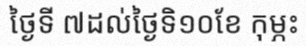
ថ្ងៃទី ៧ដល់ថ្ងៃទិ១០ខែ កុម្ភះ